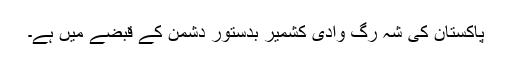
پاکستان کی شہ رگ وادی کشمیر بدستور دشمن کے قبضے میں ہے۔